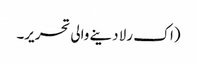
(اک رلا دینے والی تحریر۔